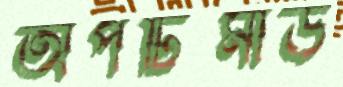
অপটিমাউ